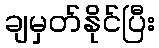
ချမှတ်နိုင်ပြီး